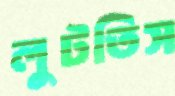
লুটতিস